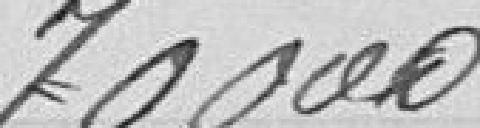
70 000